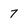
Character: 7